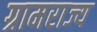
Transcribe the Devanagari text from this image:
ग्रामराज्य